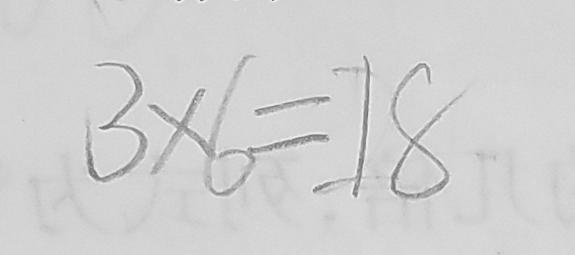
3 \times 6 = 1 8